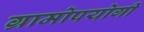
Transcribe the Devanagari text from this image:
ग्रामोपयोगी